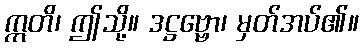
ဣတိ၊ ဤသို့။ ဒဋ္ဌဗ္ဗော၊ မှတ်အပ်၏။